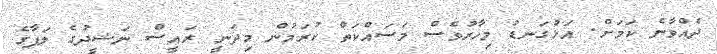
ދެއްވާނެ ކަމަށް. އަޅުގަނޑު މިހާރުވެސް މަސައްކަތް ކުރަމުން މިދަނީ ރައީސް ނަޝީދުގެ ލަފާގެ